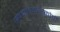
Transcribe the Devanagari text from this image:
सबमाइक्रोस्कोपी